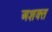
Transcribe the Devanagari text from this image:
अशक्‍त